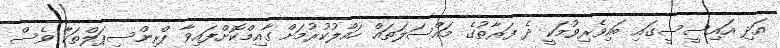
އަދި އައިސީސީގައި ބައިވެރިވުމަކީ ދެ ފަރާތުގެ މައްސަލަތައް ހައްލުކުރުމަށް ގާއިމްކޮށްފައިވާ ޕްރިންސިޕަލްތަކާ ވެސް